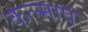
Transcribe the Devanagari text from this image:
कल्माषः